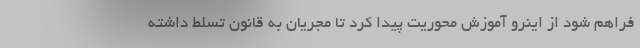
فراهم شود از اینرو آموزش محوریت پیدا کرد تا مجریان به قانون تسلط داشته